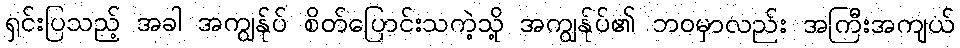
ရှင်းပြသည့် အခါ အကျွန်ုပ် စိတ်ပြောင်းသကဲ့သို့ အကျွန်ုပ်၏ ဘဝမှာလည်း အကြီးအကျယ်